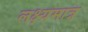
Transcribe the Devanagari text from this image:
लक्ष्यमात्र